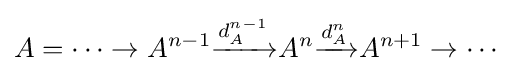
A=\dots \to A^{n-1}{\xrightarrow {d_{A}^{n-1}}}A^{n}{\xrightarrow {d_{A}^{n}}}A^{n+1}\to \cdots